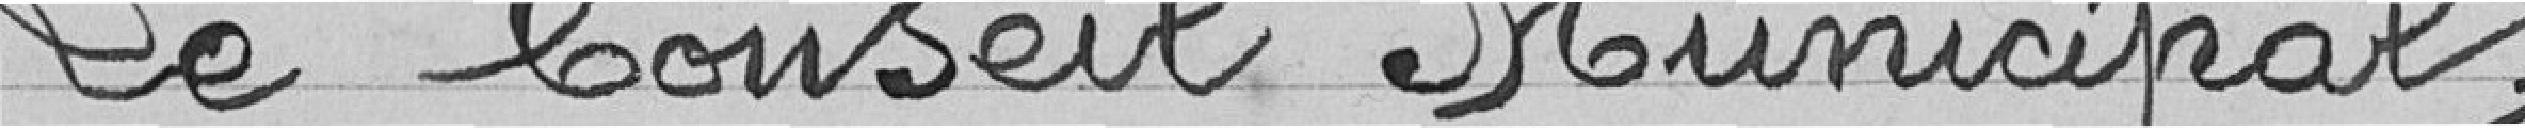
Le Conseil Municipal,